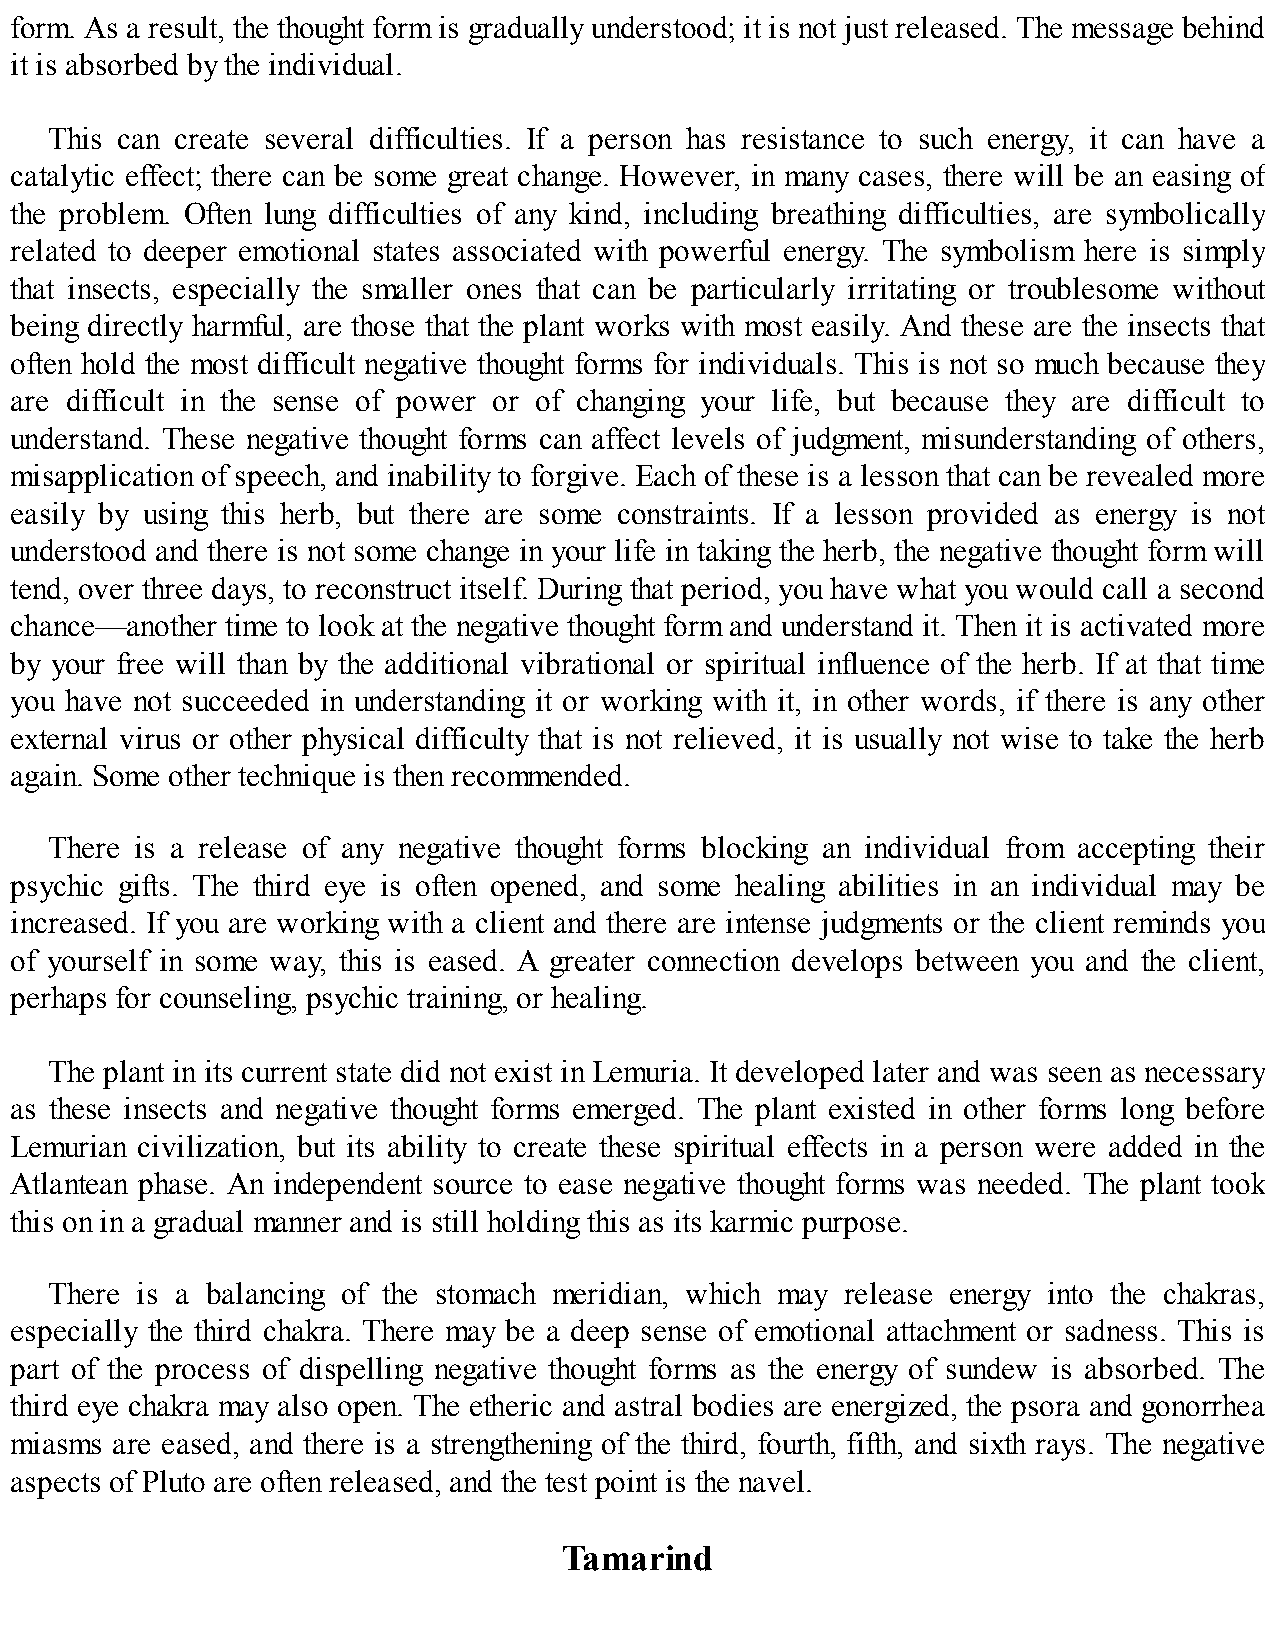
form. As a result, the thought form is gradually understood; it is not just released. The message behind
 it is absorbed by the individual.
 This can create several difficulties. If a person has resistance to such energy, it can have a
 catalytic effect; there can be some great change. However, in many cases, there will be an easing of
 the problem. Often lung difficulties of any kind, including breathing difficulties, are symbolically
 related to deeper emotional states associated with powerful energy. The symbolism here is simply
 that insects, especially the smaller ones that can be particularly irritating or troublesome without
 being directly harmful, are those that the plant works with most easily. And these are the insects that
 often hold the most difficult negative thought forms for individuals. This is not so much because they
 are difficult in the sense of power or of changing your life, but because they are difficult to
 understand. These negative thought forms can affect levels of judgment, misunderstanding of others,
 misapplication of speech, and inability to forgive. Each of these is a lesson that can be revealed more
 easily by using this herb, but there are some constraints. If a lesson provided as energy is not
 understood and there is not some change in your life in taking the herb, the negative thought form will
 tend, over three days, to reconstruct itself. During that period, you have what you would call a second
 chance—another time to look at the negative thought form and understand it. Then it is activated more
 by your free will than by the additional vibrational or spiritual influence of the herb. If at that time
 you have not succeeded in understanding it or working with it, in other words, if there is any other
 external virus or other physical difficulty that is not relieved, it is usually not wise to take the herb
 again. Some other technique is then recommended.
 There is a release of any negative thought forms blocking an individual from accepting their
 psychic gifts. The third eye is often opened, and some healing abilities in an individual may be
 increased. If you are working with a client and there are intense judgments or the client reminds you
 of yourself in some way, this is eased. A greater connection develops between you and the client,
 perhaps for counseling, psychic training, or healing.
 The plant in its current state did not exist in Lemuria. It developed later and was seen as necessary
 as these insects and negative thought forms emerged. The plant existed in other forms long before
 Lemurian civilization, but its ability to create these spiritual effects in a person were added in the
 Atlantean phase. An independent source to ease negative thought forms was needed. The plant took
 this on in a gradual manner and is still holding this as its karmic purpose.
 There is a balancing of the stomach meridian, which may release energy into the chakras,
 especially the third chakra. There may be a deep sense of emotional attachment or sadness. This is
 part of the process of dispelling negative thought forms as the energy of sundew is absorbed. The
 third eye chakra may also open. The etheric and astral bodies are energized, the psora and gonorrhea
 miasms are eased, and there is a strengthening of the third, fourth, fifth, and sixth rays. The negative
 aspects of Pluto are often released, and the test point is the navel.
 Tamarind